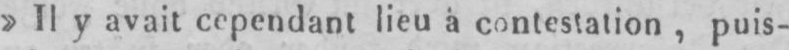
»Il y avait cependant lieu à contestation, puis-